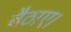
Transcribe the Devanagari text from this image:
बैठाए।